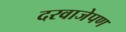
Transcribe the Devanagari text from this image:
दरवाजेपण